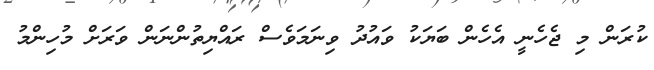
ކުރަން މި ޖެހެނީ އެހެން ބަޔަކު ވައުދު ވިނަމަވެސް ރައްޔިތުންނަން ވަރަށް މުހިންމު